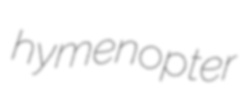
hymenopter